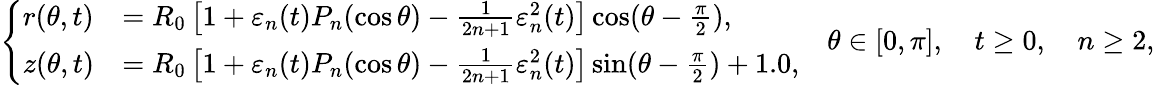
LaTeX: \left\{ \begin{array}{ll}{r(\theta,t)}&{=R_{0}\left[1+\varepsilon_{n}(t)P_{n}(\cos\theta)-\frac{1}{2n+1}\varepsilon_{n}^{2}(t)\right]\cos(\theta-\frac{\pi}{2}),}\\ {z(\theta,t)}&{=R_{0}\left[1+\varepsilon_{n}(t)P_{n}(\cos\theta)-\frac{1}{2n+1}\varepsilon_{n}^{2}(t)\right]\sin(\theta-\frac{\pi}{2})+1.0,}\end{array}\right.\quad\theta\in[0,\pi],\quad t\geq 0,\quad n\geq 2,